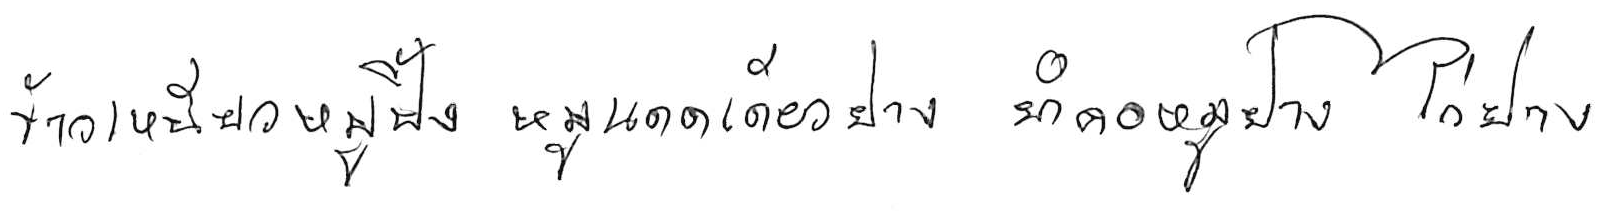
ข้าวเหนียวหมูปิ้ง หมูแดดเดียวย่าง ยำคอหมูย่าง ไก่ย่าง